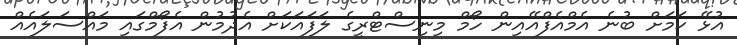
އުޅޭ ކަމަށް ބުނެ އެމްއެފްއޭއިން ހޯމް މިނިސްޓްރީގެ ލަފައަކަށް އެދުމުން އެފޯމްގައި މައްސަލައެއް